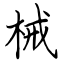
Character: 械